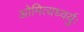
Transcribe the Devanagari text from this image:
ओमित्यध्वर्युः